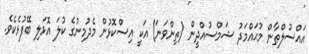
އައްސުލްޠާން މުޙައްމަދު ޝަމްސުއްދީން (ތިންވަނަ) އަކީ އިސްކޮޅުން މެދުމިނުގެ ކުލަ އޮޅަލި ބޭފުޅެކެވެ.